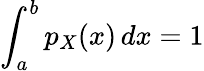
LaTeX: \int_{a}^{b}p_{X}(x)\, dx=1